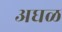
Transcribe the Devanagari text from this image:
अघळ